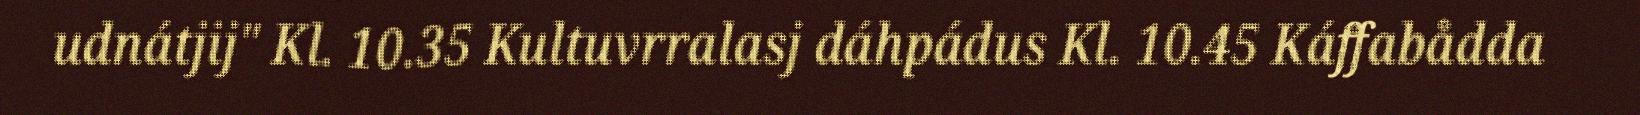
udnátjij" Kl. 10.35 Kultuvrralasj dáhpádus Kl. 10.45 Káffabådda